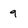
Character: 9